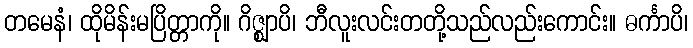
တမေနံ၊ ထိုမိန်းမပြိတ္တာကို။ ဂိဇ္ဈာပိ၊ ဘီလူးလင်းတတို့သည်လည်းကောင်း။ ဓင်္ကာပိ၊